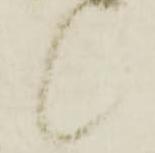
候